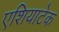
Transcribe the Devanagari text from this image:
एशियाटेक